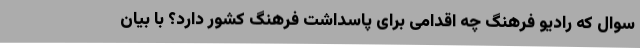
سوال که رادیو فرهنگ چه اقدامی‌ برای پاسداشت فرهنگ کشور دارد؟ با بیان